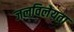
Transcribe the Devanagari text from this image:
जलविलेयता